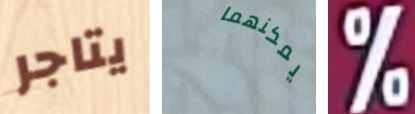
يتاجر يمكنهما %